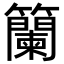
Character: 籣